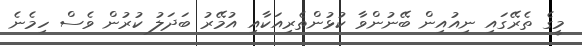
މީގެ ތެރޭގައި ނިއުއިން ބޭނުންވާ ކުޅުންތެރިއަކާއި އުމޭރު ބަދަލު ކުރުން ވެސް ހިމެނެ